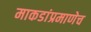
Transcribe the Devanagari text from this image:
माकडांप्रमाणेच